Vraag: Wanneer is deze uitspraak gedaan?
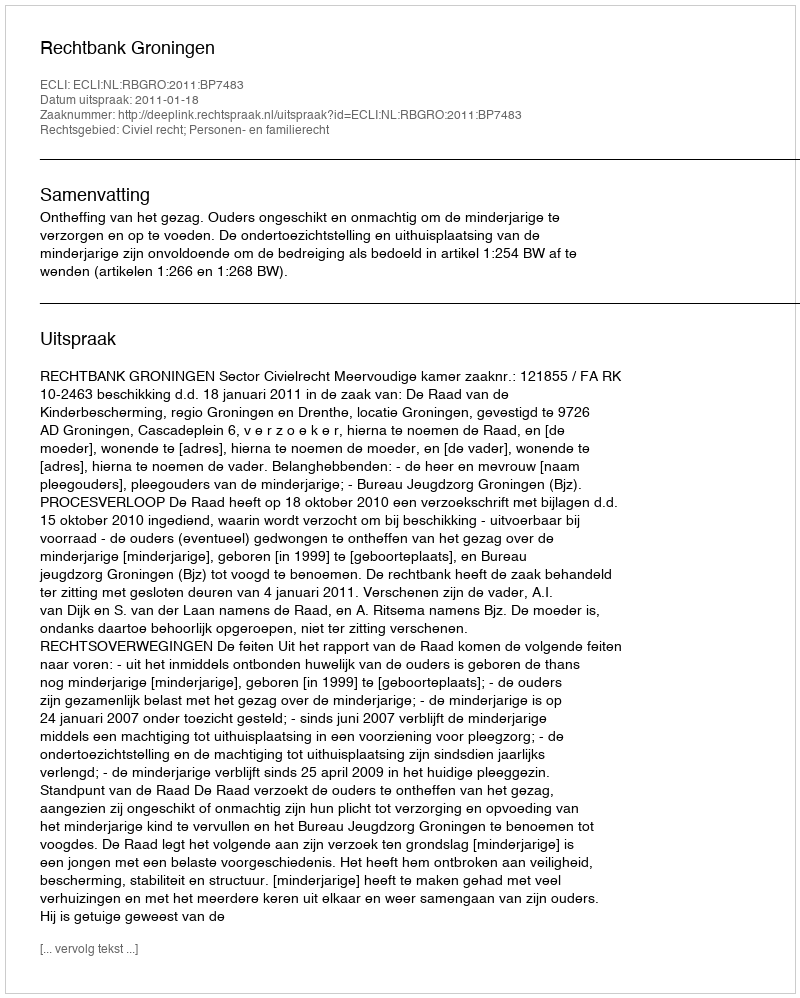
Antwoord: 2011-01-18